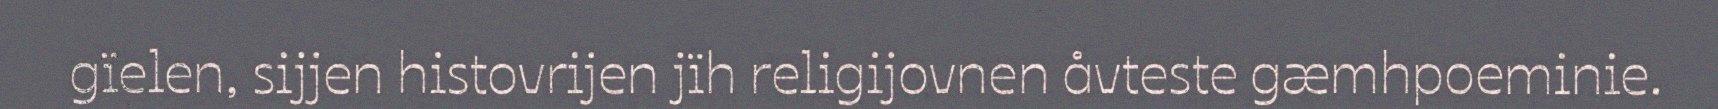
gïelen, sijjen histovrijen jïh religijovnen åvteste gæmhpoeminie.